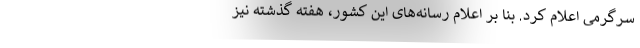
سرگرمی اعلام کرد. بنا بر اعلام رسانه‌های این کشور، هفته گذشته نیز